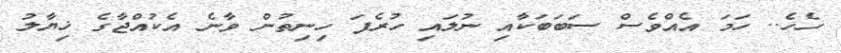
ހެހެ.. ހަމަ އެއްވެސް ސަބަބަކާއި ނުލައި ހުރެފަ ހިނިތުން ވާނެ އެކުއްޖާގެ ޚިޔާލު